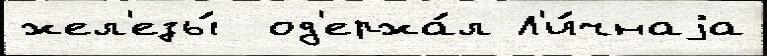
жел'езы́  од'ержа́л Л'и́чнаjа